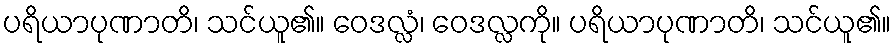
ပရိယာပုဏာတိ၊ သင်ယူ၏။ ဝေဒလ္လံ၊ ဝေဒလ္လကို။ ပရိယာပုဏာတိ၊ သင်ယူ၏။